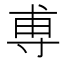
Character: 尃